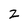
Character: z